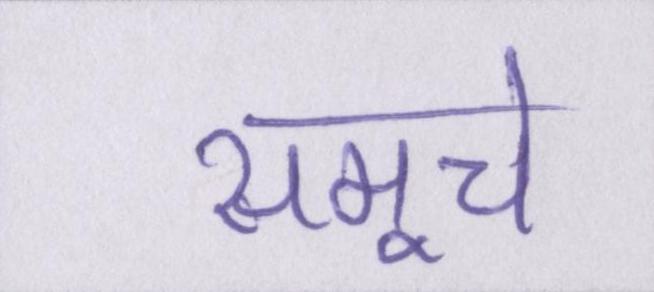
समूचे